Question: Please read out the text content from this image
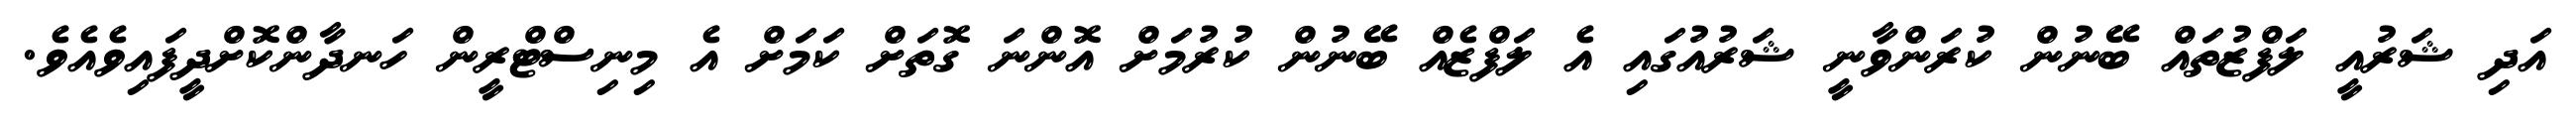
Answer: އަދި ޝަރުއީ ލަފްޒުތައް ބޭނުން ކުރަންވާނީ ޝަރުއުގައި އެ ލަފްޒެއް ބޭނުން ކުރުމަށް އޮންނަ ގޮތަށް ކަމަށް އެ މިނިސްޓްރީން ހަނދާންކޮށްދީފައިވެއެވެ.